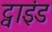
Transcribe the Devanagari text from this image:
ट्वाइंड